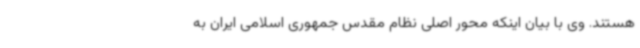
هستند. وی با بیان اینکه محور اصلی نظام مقدس جمهوری اسلامی ایران به